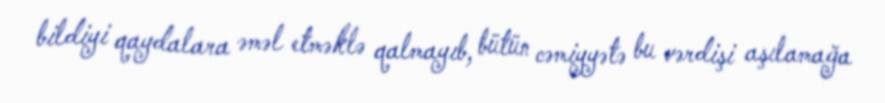
bildiyi qaydalara əməl etməklə qalmayıb, bütün cəmiyyətə bu vərdişi aşılamağa